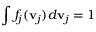
\int f _ { j } ( \mathbf { v } _ { j } ) d \mathbf { v } _ { j } = 1